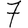
Digit: 7